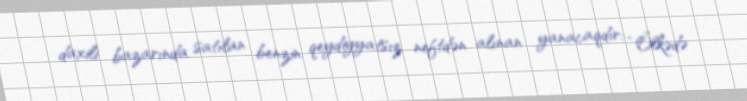
daxili bazarında satılan benzin qeydiyyatsız neftdən alınan yanacaqdır: “Ölkədə